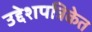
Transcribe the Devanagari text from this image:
उद्देशपत्रिकेत